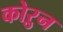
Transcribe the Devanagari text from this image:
कोऱुन